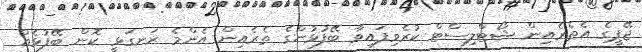
ޖޭޕީގެ އެތެރެއިން ޝޯޓްލިސްޓް ކުރެވިފައިވާ ބޭފުޅުންގެ ތެރެއިން އެންމެ ރަނގަޅީ ކޮން ބޭފުޅެއް